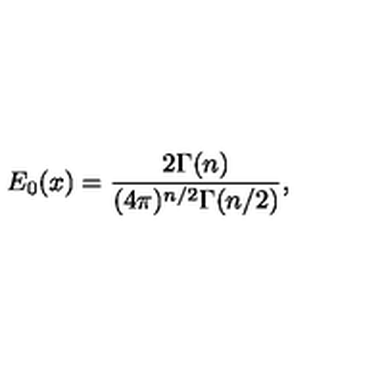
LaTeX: E _ { 0 } ( x ) = \frac { 2 \Gamma ( n ) } { ( 4 \pi ) ^ { n / 2 } \Gamma ( n / 2 ) } ,